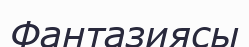
Фантазиясы